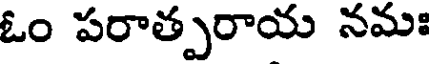
ఓం పరాత్పరాయ నమః